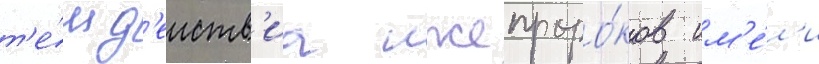
т'е́м д'еиств'иа лжепроро́ков им'е́л'и